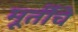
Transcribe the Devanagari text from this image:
मूर्तीचेे